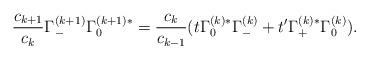
LaTeX: \begin{align*}\frac{c_{k + 1}}{c_{k}} \Gamma_{-}^{(k + 1)} \Gamma_{0}^{(k + 1)*} = \frac{c_{k}}{c_{k - 1}} (t \Gamma_{0}^{(k)*} \Gamma_{-}^{(k)} + t^{\prime} \Gamma_{+}^{(k)*} \Gamma_{0}^{(k)}).\end{align*}